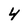
Character: 4